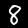
Digit: 8